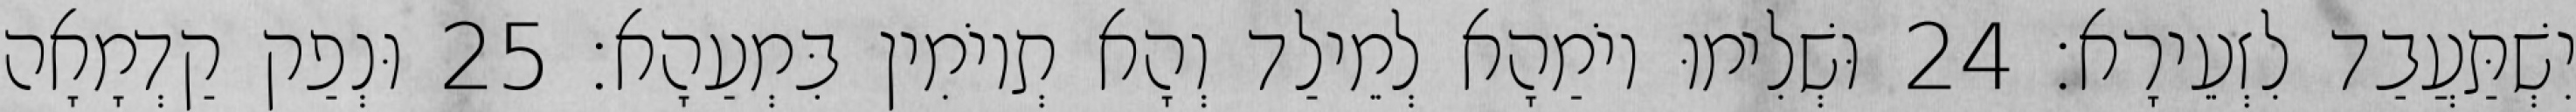
יִשְׁתַּעֲבַד לִזְעֵירָא׃ 24 וּשְׁלִימוּ יוֹמַהָא לְמֵילַד וְהָא תְיוֹמִין בִּמְעַהָא׃ 25 וּנְפַק קַדְמָאָה